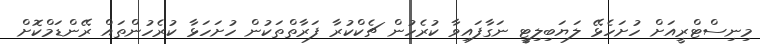
މިނިސްޓްރީއަށް ހުށަހެޅޭ ލަޔަބިލިޓީ ނަގާފައިވާ ކުރެހުން ޗެކްކުރާ ފަރާތްތަކުން ހުށަހަޅާ ކުރެހުންތައް ރޭންޑަމްކޮށް